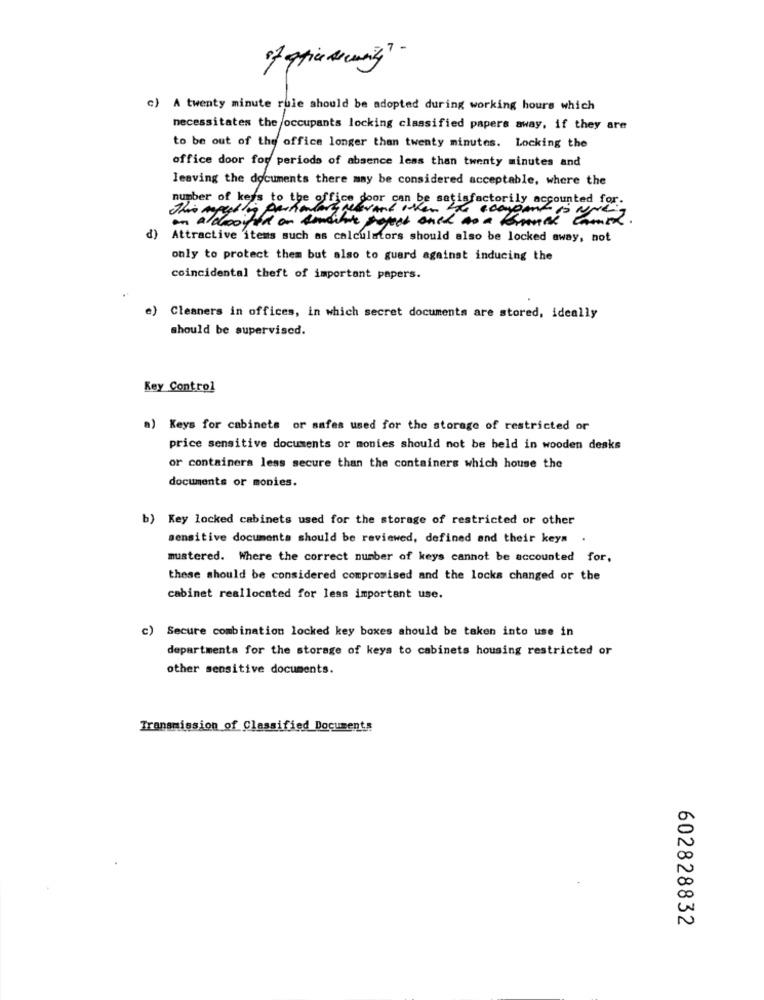
c) A twenty minute rule should be adopted during working hours which
necessitates the occupants locking classified papers away. if they are
to be out of the office longer than twenty minutes. Locking the
office door for periods of absence less than twenty minutes and
leaving the documents there may be considered acceptable, where the
This mapello parkalert relevant habensein actorily accounted for.
number of keys to the office
(P
an a droited on tenaille project anch no a bunch cameh.
Attractive items such as calculators should also be locked away, not
only to protect them but also to guard against inducing the
coincidental theft of important papers.
) Cleaners in offices, in which secret documents are stored, ideally
should be supervised.
Key Control
a) Keys for cabinets or safes used for the storage of restricted or
price sensitive documents or monies should not be held in wooden desks
or containers less secure than the containers which house the
documents or monies.
b) Key locked cabinets used for the storage of restricted or other
sensitive documenta should be reviewed, defined and their keys
mustered. Where the correct number of keys cannot be accounted for,
these should be considered compromised and the locks changed or the
cabinet reallocated for less important use.
c) Secure combination locked key boxes should be taken into use in
departments for the storage of keys to cabinets housing restricted or
other sensitive documents.
Transmission of Classified Documents
602828832